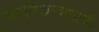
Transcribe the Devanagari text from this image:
व्यातिकरणमापी